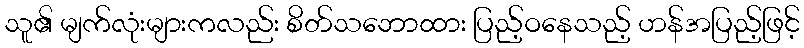
သူ၏ မျက်လုံးများကလည်း စိတ်သဘောထား ပြည့်ဝနေသည့် ဟန်အပြည့်ဖြင့်